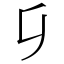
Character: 𠂎